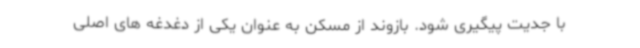
با جدیت پیگیری شود. بازوند از مسکن به عنوان یکی از دغدغه های اصلی